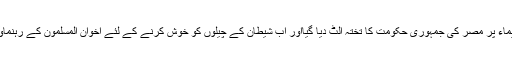
انہوں نے کہا کہ امریکہ، اسرائیل اور مغربی اقوام کی ایماء پر مصر کی جمہوری حکومت کا تختہ الٹ دیا گیااور اب شیطان کے چیلوں کو خوش کرنے کے لئے اخوان المسلمون کے رہنماوٴں اور کارکنوں کو سیاسی انتقام کا نشانہ بنایا جارہا ہے۔